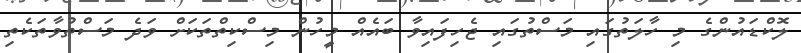
ލޮކްޑައުންގެ މި ހާލަތުގައި މަސްތުގައި ޖެހިފައިވާ ބައެއް މީހުން މިސްކިތްތަކަށް ވަދެ މަސްތުވާތަކެތި